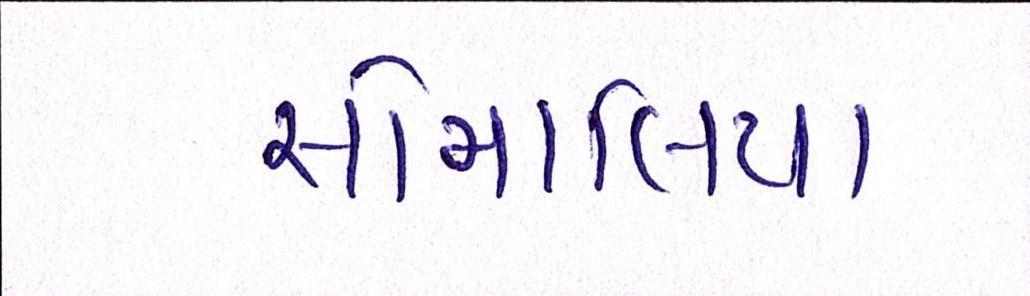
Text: સોમાલિયા